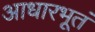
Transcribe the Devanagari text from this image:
आधारभूतं